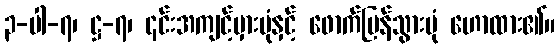
၃-ပါ-၇၊ ဋ္ဌ-၇၊ ၎င်းအကျင့်မှားပုံနှင့် ဖောက်ပြန်သွားပုံ ဟောထား၏။